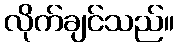
လိုက်ချင်သည်။